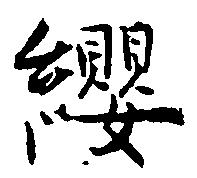
纓